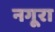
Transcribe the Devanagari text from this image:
नगूरा